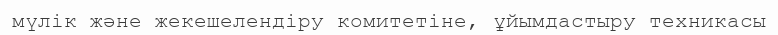
мүлік және жекешелендіру комитетіне, ұйымдастыру техникасы